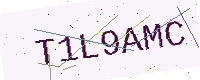
Text: T1L9AMC